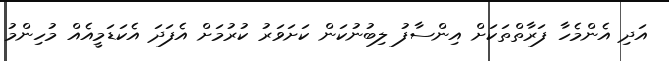
އަދި އެންމެހާ ފަރާތްތަކަށް އިންސާފު ލިބުނުކަން ކަށަވަރު ކުރުމަށް އެފަދަ އެކަޑަމީއެއް މުހިންމު